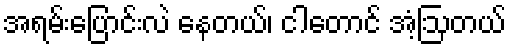
အရမ်းပြောင်းလဲ နေတယ်၊ ငါတောင် အံ့ဩတယ်